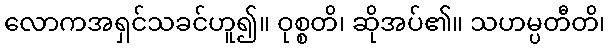
လောကအရှင်သခင်ဟူ၍။ ဝုစ္စတိ၊ ဆိုအပ်၏။ သဟမ္ပတီတိ၊